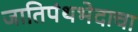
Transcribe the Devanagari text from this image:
जातिपंथभेदाचा